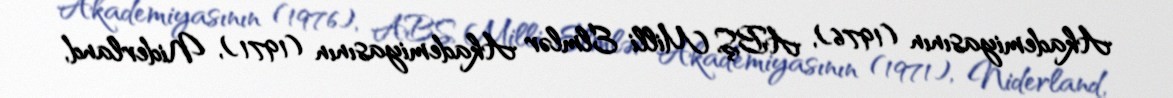
Akademiyasının (1976), ABŞ Milli Elmlər Akademiyasının (1971), Niderland,